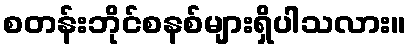
စတန်းဘိုင်စနစ်များရှိပါသလား။